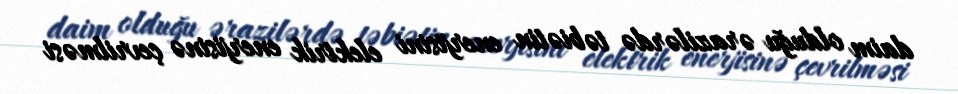
daim olduğu ərazilərdə təbiətin enerjisini elektrik enerjisinə çevrilməsi